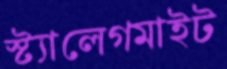
স্ট্যালেগমাইট